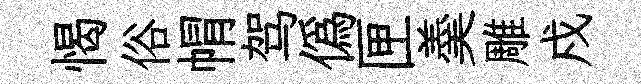
愒俗㡌驾僞匣羮雕戍